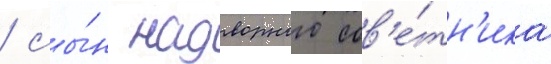
/ сы́н надворного сов'е́тн'ика